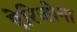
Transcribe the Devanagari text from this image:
ऐरिजोना